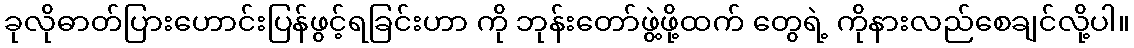
ခုလိုဓာတ်ပြားဟောင်းပြန်ဖွင့်ရခြင်းဟာ ကို ဘုန်းတော်ဖွဲ့ဖို့ထက် တွေရဲ့ ကိုနားလည်စေချင်လို့ပါ။